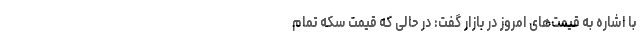
با اشاره به قیمت‌های امروز در بازار گفت: در حالی که قیمت سکه تمام